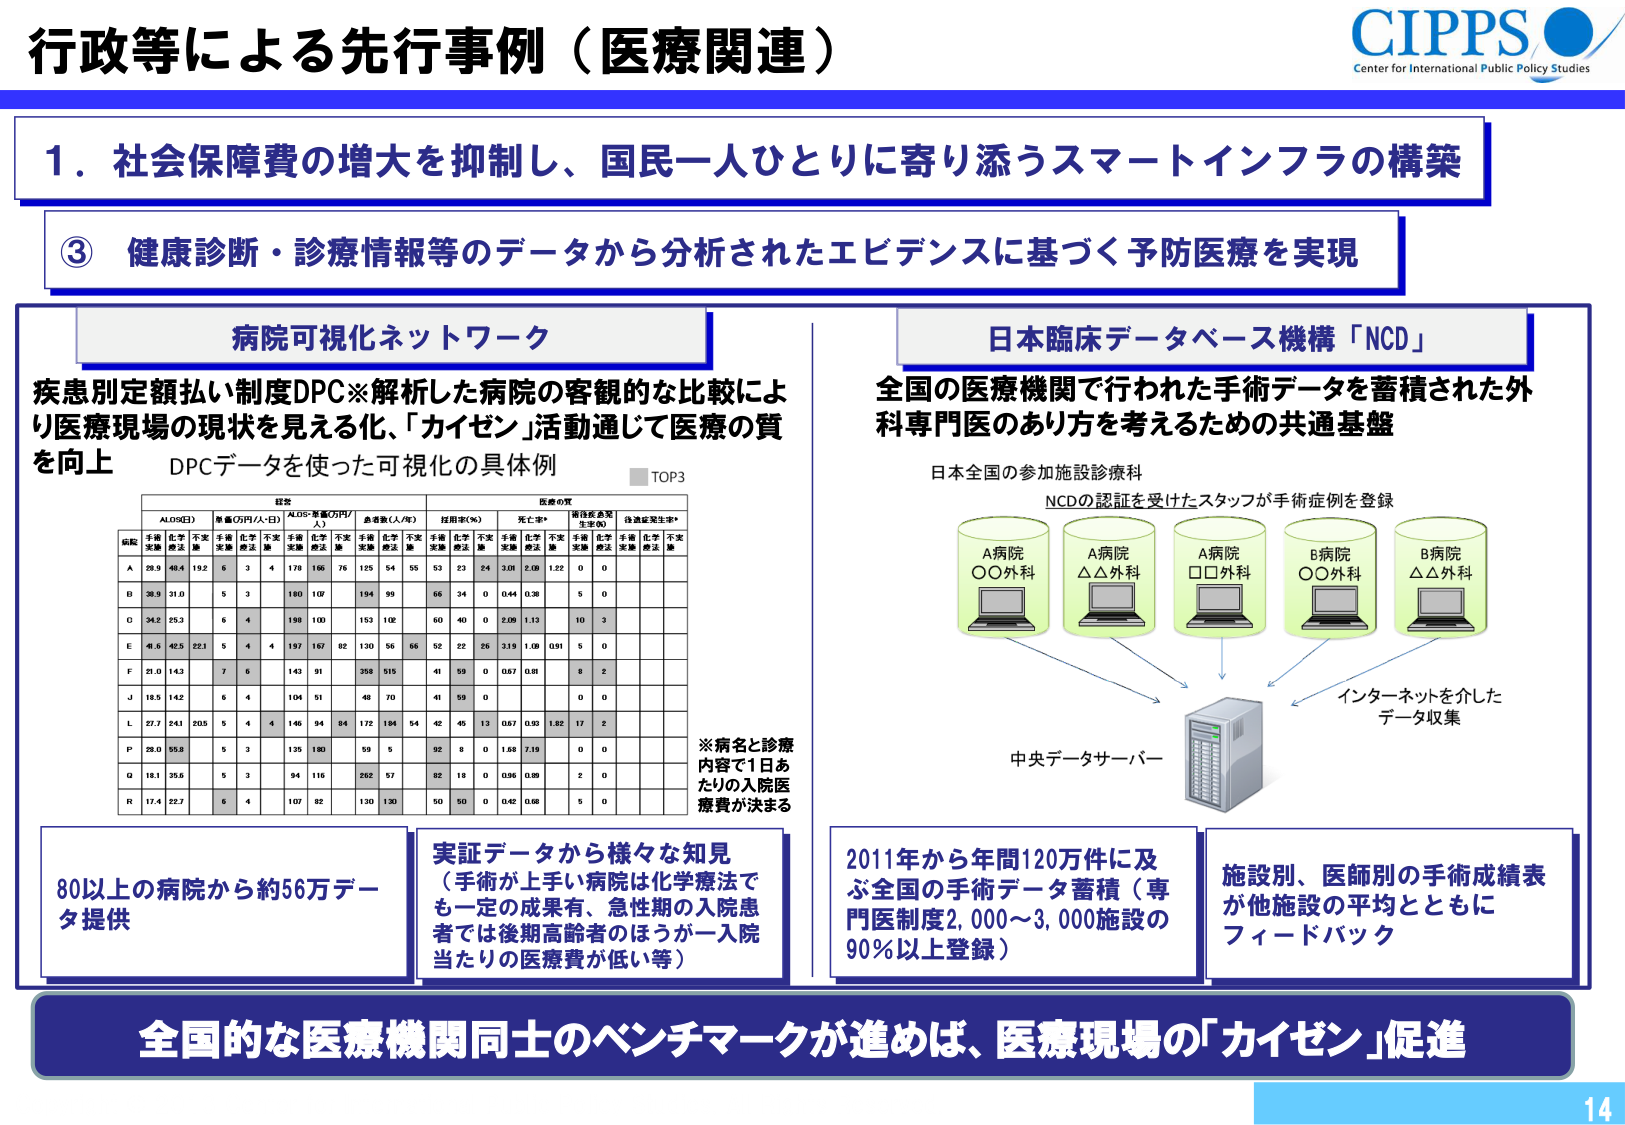
行政等による先行事例（医療関連）

CIPPS
Center for International Public Policy Studies

1．社会保障費の増大を抑制し、国民一人ひとりに寄り添うスマートインフラの構築

③ 健康診断・診療情報等のデータから分析されたエビデンスに基づく予防医療を実現

病院可視化ネットワーク
疾患別定額払い制度DPC※解析した病院の客観的な比較により医療現場の現状を見える化、「カイゼン」活動通じて医療の質を向上
DPCデータを使った可視化の具体例
■TOP3

ALOS(日)
単価(万円/人・日)
ALOS×単価(万円/人)
患者数(人/年)
採用率(%)
死亡率*
術後感染発生率(%)
後遺症発生率*

病院
手術実施
化学療法
不実施
手術実施
化学療法
不実施
手術実施
化学療法
不実施
手術実施
化学療法
不実施
手術実施
化学療法
不実施
手術実施
化学療法
不実施
手術実施
化学療法
不実施

A
28.9
48.4
19.2
5
3
4
178
166
76
125
54
55
53
23
24
3.08
2.08
1.22
0
0

B
38.9
31.0
5
3
180
107
194
99
66
34
0
0.44
0.38
5
0

C
34.5
25.3
5
4
198
100
153
102
60
40
0
2.09
1.13
10
3

E
48.8
42.5
22.1
5
4
4
197
167
82
130
56
66
52
22
26
3.19
1.08
0.91
5
0

F
21.0
14.3
7
6
143
91
358
515
41
59
0
0.67
0.81
8
2

J
18.5
14.2
5
4
104
51
48
70
41
59
0
0
0

L
27.7
24.1
20.5
5
4
4
146
94
84
172
184
54
42
45
13
0.67
0.50
1.82
17
2

P
28.0
55.8
5
3
135
180
59
5
92
8
0
1.68
7.19
0
0

Q
18.1
35.6
5
3
94
116
262
57
82
18
0
0.96
0.89
2
0

R
17.4
22.7
5
4
107
82
130
130
50
50
0
0.42
0.68
5
0

※病名と診療内容で1日あたりの入院医療費が決まる

80以上の病院から約56万データ提供
実証データから様々な知見（手術が上手い病院は化学療法でも一定の成果有、急性期の入院患者では後期高齢者のほうが一入院当たりの医療費が低い等）

日本臨床データベース機構「NCD」
全国の医療機関で行われた手術データを蓄積された外科専門医のあり方を考えるための共通基盤
日本全国の参加施設診療科
NCDの認証を受けたスタッフが手術症例を登録

A病院 ○○外科
A病院 △△外科
A病院 □□外科
B病院 ○○外科
B病院 △△外科

インターネットを介したデータ収集
中央データサーバー

2011年から年間120万件に及ぶ全国の手術データ蓄積（専門医制度2,000～3,000施設の90％以上登録）
施設別、医師別の手術成績表が他施設の平均とともにフィードバック

全国的な医療機関同士のベンチマークが進めば、医療現場の「カイゼン」促進

14